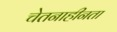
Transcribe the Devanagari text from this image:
चेतनाहीनता